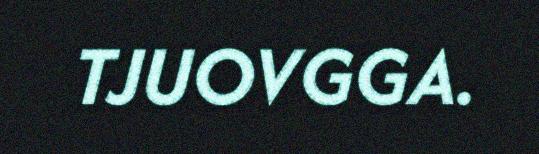
TJUOVGGA.